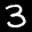
Label: 3